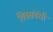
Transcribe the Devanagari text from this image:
शिवसंबंधी